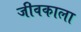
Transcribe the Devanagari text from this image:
जीवकाला